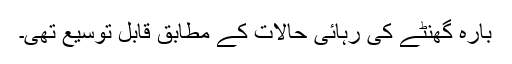
بارہ گھنٹے کی رہائی حالات کے مطابق قابلِ توسیع تھی۔